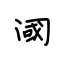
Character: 阈